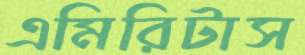
এমিরিটাস